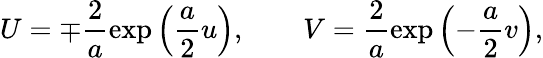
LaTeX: U=\mp\frac{2}{a}\exp\left(\frac{a}{2}u\right),\quad\quad V=\frac{2}{a}\exp\left(-\frac{a}{2}v\right),